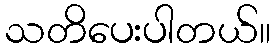
သတိပေးပါတယ်။